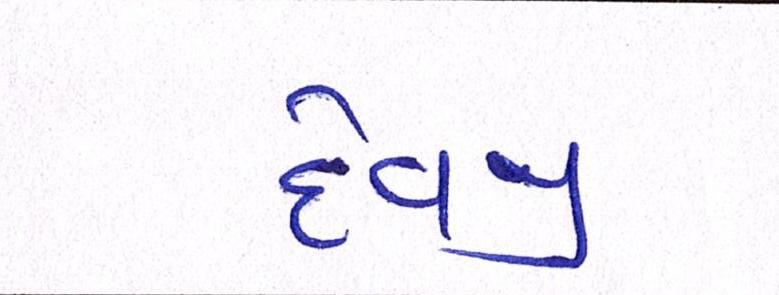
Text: દેવજી